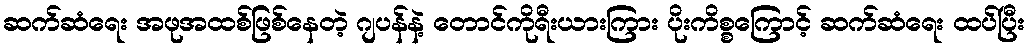
ဆက်ဆံရေး အဖုအထစ်ဖြစ်နေတဲ့ ဂျပန်နဲ့ တောင်ကိုရီးယားကြား ပိုးကိစ္စကြောင့် ဆက်ဆံရေး ထပ်ပြီး